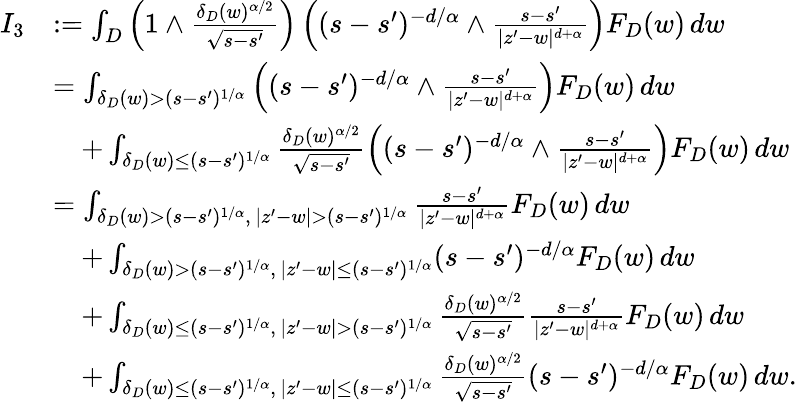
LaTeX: \begin{array}{rl}{I_{3}}&{:=\int_{D}\left(1\wedge\frac{\delta_{D}(w)^{\alpha/2}}{\sqrt{s-s^{\prime}}}\right)\left((s-s^{\prime})^{-d/\alpha}\wedge\frac{s-s^{\prime}}{|z^{\prime}-w|^{d+\alpha}}\right)F_{D}(w)\, dw}\\ &{=\int_{\delta_{D}(w)>(s-s^{\prime})^{1/\alpha}}\left((s-s^{\prime})^{-d/\alpha}\wedge\frac{s-s^{\prime}}{|z^{\prime}-w|^{d+\alpha}}\right)F_{D}(w)\, dw}\\ &{\quad+\int_{\delta_{D}(w)\leq(s-s^{\prime})^{1/\alpha}}\frac{\delta_{D}(w)^{\alpha/2}}{\sqrt{s-s^{\prime}}}\left((s-s^{\prime})^{-d/\alpha}\wedge\frac{s-s^{\prime}}{|z^{\prime}-w|^{d+\alpha}}\right)F_{D}(w)\, dw}\\ &{=\int_{\delta_{D}(w)>(s-s^{\prime})^{1/\alpha},\, |z^{\prime}-w|>(s-s^{\prime})^{1/\alpha}}\frac{s-s^{\prime}}{|z^{\prime}-w|^{d+\alpha}}F_{D}(w)\, dw}\\ &{\quad+\int_{\delta_{D}(w)>(s-s^{\prime})^{1/\alpha},\, |z^{\prime}-w|\leq(s-s^{\prime})^{1/\alpha}}(s-s^{\prime})^{-d/\alpha}F_{D}(w)\, dw}\\ &{\quad+\int_{\delta_{D}(w)\leq(s-s^{\prime})^{1/\alpha},\, |z^{\prime}-w|>(s-s^{\prime})^{1/\alpha}}\frac{\delta_{D}(w)^{\alpha/2}}{\sqrt{s-s^{\prime}}}\frac{s-s^{\prime}}{|z^{\prime}-w|^{d+\alpha}}F_{D}(w)\, dw}\\ &{\quad+\int_{\delta_{D}(w)\leq(s-s^{\prime})^{1/\alpha},\, |z^{\prime}-w|\leq(s-s^{\prime})^{1/\alpha}}\frac{\delta_{D}(w)^{\alpha/2}}{\sqrt{s-s^{\prime}}}(s-s^{\prime})^{-d/\alpha}F_{D}(w)\, dw.}\end{array}